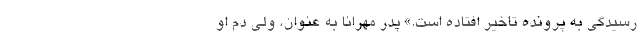
رسیدگی به پرونده تاخیر افتاده است.» پدر مهرانا به عنوان، ولی دم او